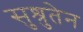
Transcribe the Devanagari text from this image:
सुश्रुतेन